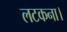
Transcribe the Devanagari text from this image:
लटकना।